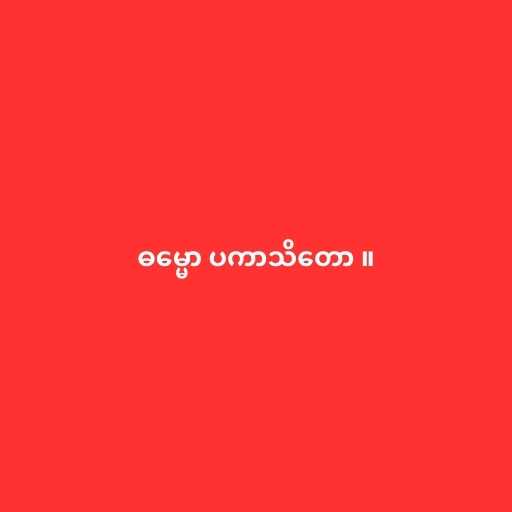
ဓမ္မော ပကာသိတော ။